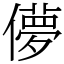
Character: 儚